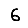
Digit: 6